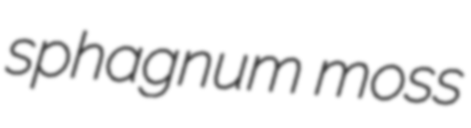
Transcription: sphagnum moss